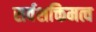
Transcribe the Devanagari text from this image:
सर्वशक्तिमत्व